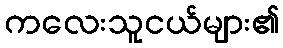
ကလေးသူငယ်များ၏